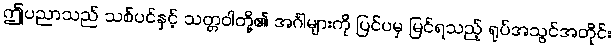
ဤပညာသည် သစ်ပင်နှင့် သတ္တဝါတို့၏ အင်္ဂါများကို ပြင်ပမှ မြင်ရသည့် ရုပ်အသွင်အတိုင်း